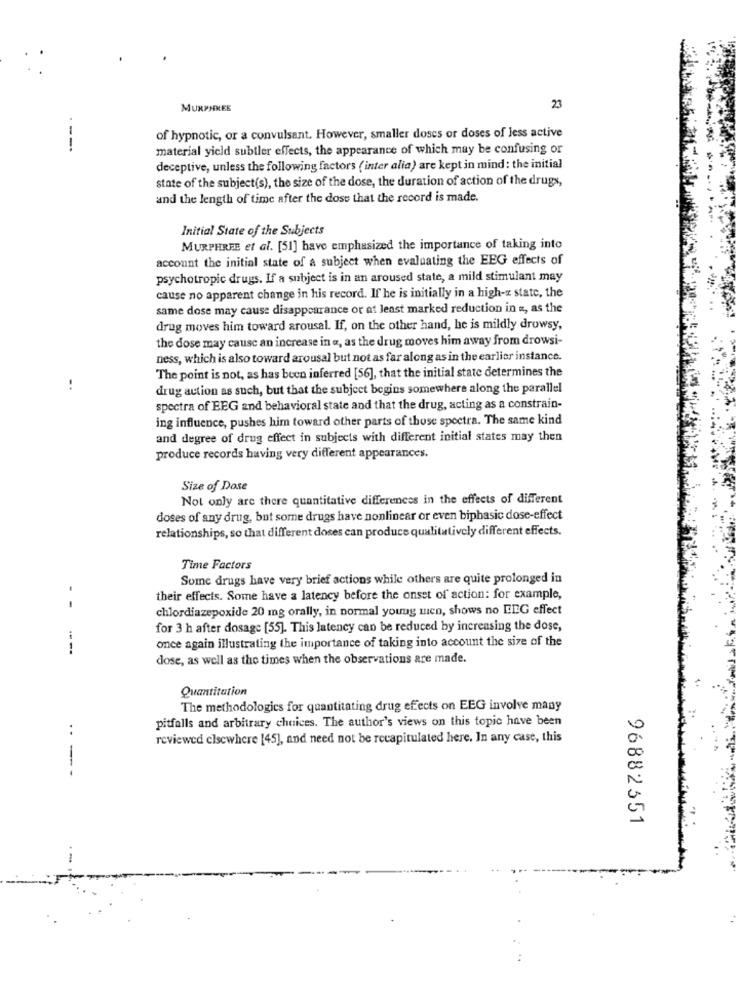
MURPHKEE
23
of hypnotic, or a convulsant. However, smaller doses or doses of less active
----
material yield subtler effects, the appearance of which may be confusing or
deceptive, unless the following factors (inter alia) are kept in mind : the initial
state of the subject(s), the size of the dose, the duration of action of the drugs,
and the length of time after the dose that the record is made.
Initial State of the Subjects
MURPHREE et al. [51] have emphasized the importance of taking into
account the initial state of a subject when evaluating the EEG effects of
psychotropic drugs. If a subject is in an aroused state, a mild stimulant may
cause no apparent change in his record. If he is initially in a high-z state, the
same dose may cause disappearance or at least marked reduction in «, as the
drug moves him toward arousal. If, on the other hand, he is mildly drowsy,
the dose may cause an increase in a, as the drug moves him away from drowsi-
ness, which is also toward arousal but not as far along as in the earlier instance.
The point is not, as has been inferred [56], that the initial state determines the
..
drug action as such, but that the subject begins somewhere along the parallel
spectra of EEG and behavioral state and that the drug, acting as a constrain-
ing influence, pushes him toward other parts of those spectra. The same kind
and degree of drug effect in subjects with different initial states may then
produce records having very different appearances.
Size of Dose
Not only are there quantitative differences in the effects of different
doses of any drug, but some drugs have nonlinear or even biphasic dose-effect
relationships, so that different doses can produce qualitatively different effects.
Time Factors
Some drugs have very brief actions while others are quite prolonged in
their effects. Some have a latency before the onset of action: for example,
- -
chlordiazepoxide 20 mg orally, in normal young men, shows no EEG effect
for 3 h after dosage [55]. This latency can be reduced by increasing the dose,
once again illustrating the importance of taking into account the size of the
dose, as well as the times when the observations are made.
Quantitation
The methodologies for quantitating drug effects on EEG involve many
pitfalls and arbitrary choices. The author's views on this topic have been
..
reviewed elsewhere [45], and need not be recapitulated here. In any case, this
-
96882351